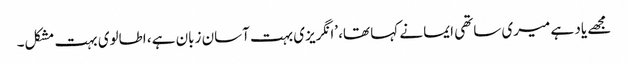
مجھے یاد ہے میری ساتھی ایما نے کہا تھا، ’انگریزی بہت آسان زبان ہے، اطالوی بہت مشکل۔